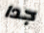
جدا